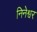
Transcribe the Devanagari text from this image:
निनेश्वर